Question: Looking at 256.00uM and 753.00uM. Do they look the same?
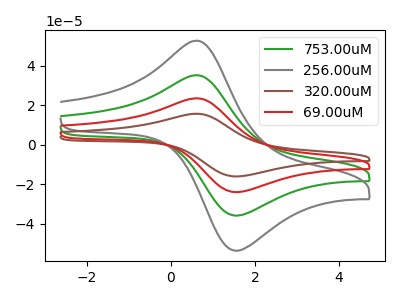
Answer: <think>The green curve "753.00uM" has an anodic peak at (0.65V, 35.20uA) and a cathodic peak at (1.55V, -35.80uA). The gray curve "256.00uM" has an anodic peak at (0.65V, 52.65uA) and a cathodic peak at (1.55V, -53.55uA). The brown curve "320.00uM" has an anodic peak at (0.65V, 105.60uA) and a cathodic peak at (1.55V, -107.40uA). The red curve "69.00uM" has an anodic peak at (0.65V, 70.40uA) and a cathodic peak at (1.55V, -71.60uA).
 All the peaks in "256.00uM" have a peak in "753.00uM" at the same potential. Every peak in "256.00uM" is higher than every peak in "753.00uM".</think>
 <answer>"256.00uM" and "753.00uM" are similar in shape.</answer>
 <eval>same_shape</eval>